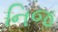
નિજ